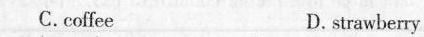
C.coffee D.strawberry